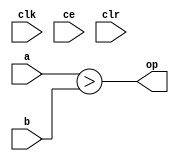
module sysgen_relational_56046aa836 (
  input [(32 - 1):0] a,
  input [(32 - 1):0] b,
  output [(1 - 1):0] op,
  input clk,
  input ce,
  input clr);
  wire signed [(32 - 1):0] a_1_31;
  wire signed [(32 - 1):0] b_1_34;
  localparam [(1 - 1):0] const_value = 1'b1;
  wire result_18_3_rel;
  assign a_1_31 = a;
  assign b_1_34 = b;
  assign result_18_3_rel = a_1_31 > b_1_34;
  assign op = result_18_3_rel;
endmodule